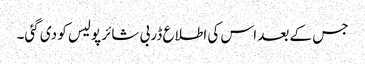
جس کے بعد اس کی اطلاع ڈربی شائر پولیس کو دی گئی۔